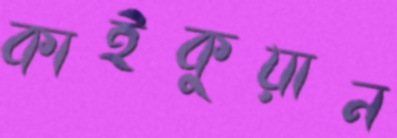
কাইকুয়ান